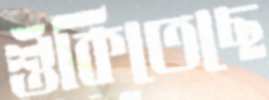
শুঁকিতেছে